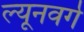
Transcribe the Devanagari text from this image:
ल्यूनवर्ग